Civil Veterinary Dept. Bombay admin report 1932-41 - 1932-1941
Year: 1932
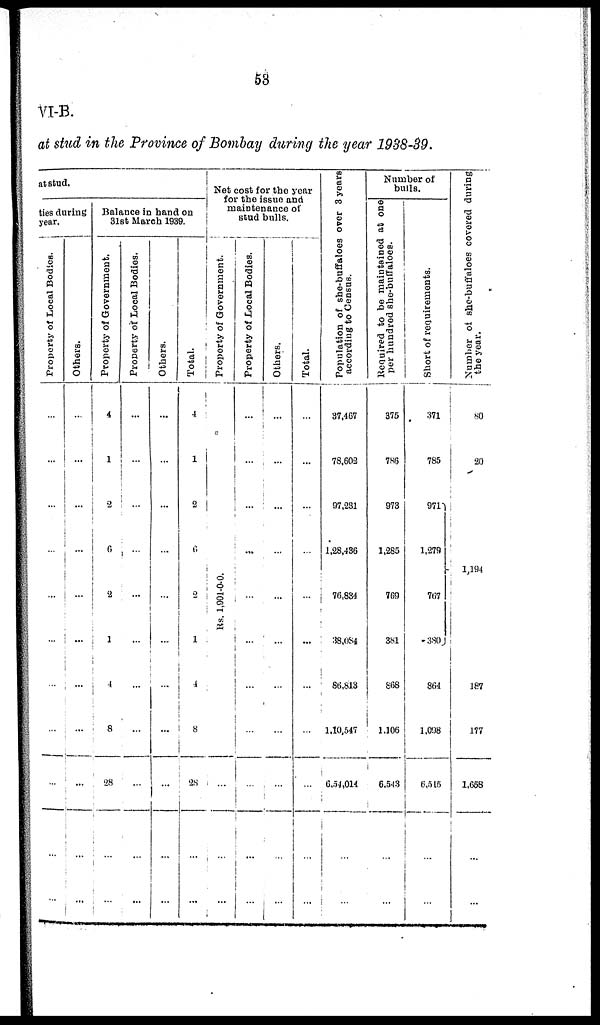
53
VI-B.
at stud in the Province of Bombay during the year 1988-39.
at stud.
ties during
year.
Property of Local Bodies.
...
...
...
...
...
...
...
...
...
...
...
Others.
...
...
...
...
...
...
...
...
...
...
...
Balance in hand on
31st March 1939.
Property of Government.
4
1
1
...
2
1
4
8
28
...
...
Property of Local Bodies.
...
...
...
...
...
...
...
...
...
...
...
Others.
...
...
...
...
...
...
...
...
...
...
...
Total.
4
1
2
6
2
1
4
8
28
...
...
Net cost for the year
for the issue and
maintenance of
stud bulls.
Property of Government.
...
...
...
...
Rs. 1,901-0-0.
...
...
...
...
...
Property of Local Bodies.
...
...
...
...
...
...
...
...
...
...
Others.
...
...
...
...
...
...
...
...
...
...
...
Total.
...
...
...
...
...
...
...
...
...
...
Population of she-buffaloes over 3 years
according to Census.
37,467
78,602
97,231
1,28,436
76,884
38,084
86,813
1,10,547
6,54,014
...
...
Number of
bulls.
Required to be maintained at one
per hundred she-buffaloes.
375
786
973
1,285
769
381
868
1,106
6,543
...
...
Short of requirements.
371
785
9711
1,279
767
380
864
1,698
6,515
...
...
Number of she-buffaloes covered during
the year.
80
20
1,194
187
177
1,658
...
...